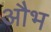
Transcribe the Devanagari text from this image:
औभ